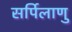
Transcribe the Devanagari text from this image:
सर्पिलाणु